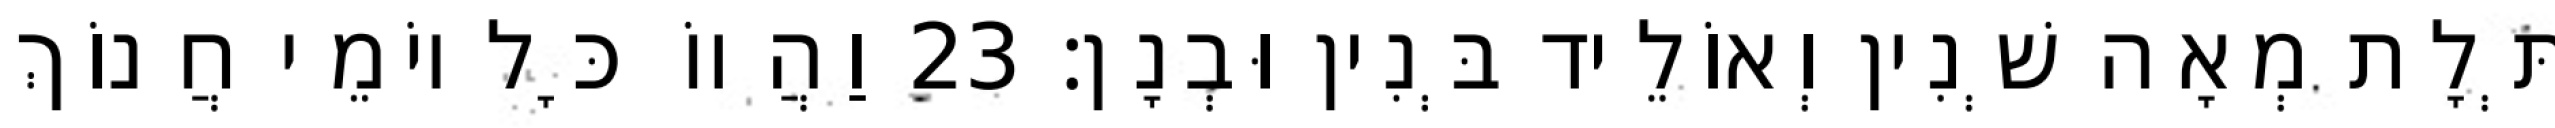
תְּלָת מְאָה שְׁנִין וְאוֹלֵיד בְּנִין וּבְנָן׃ 23 וַהֲווֹ כָּל יוֹמֵי חֲנוֹךְ